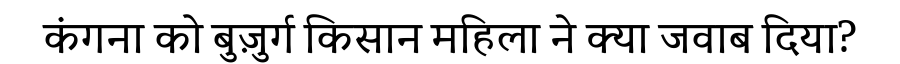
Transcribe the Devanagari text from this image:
कंगना को बुज़ुर्ग किसान महिला ने क्या जवाब दिया?